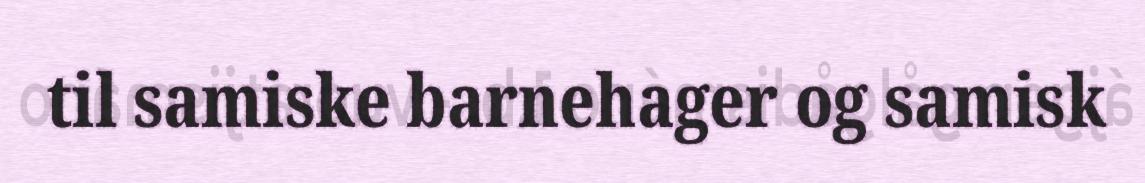
til samiske barnehager og samisk